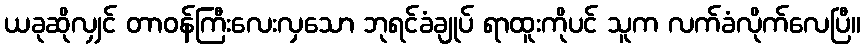
ယခုဆိုလျှင် တာဝန်ကြီးလေးလှသော ဘုရင်ခံချုပ် ရာထူးကိုပင် သူက လက်ခံလိုက်လေပြီ။